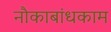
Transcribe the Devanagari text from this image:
नौकाबांधकाम